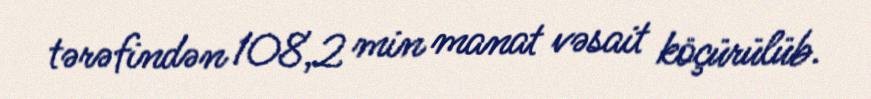
tərəfindən 108,2 min manat vəsait köçürülüb.